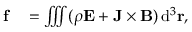
\begin{array} { r l } { \mathbf { f } } & { { } = \iiint ( \rho \mathbf { E } + \mathbf { J } \times \mathbf { B } ) \, \mathrm { d } ^ { 3 } \mathbf { r } , } \end{array}